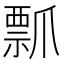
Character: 𭶶